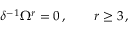
\delta ^ { - 1 } \Omega ^ { r } = 0 \, , \qquad r \geq 3 \, ,